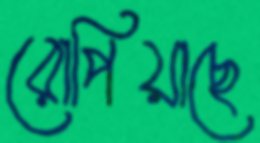
রোপিয়াছে